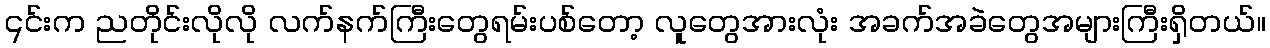
၎င်းက ညတိုင်းလိုလို လက်နက်ကြီးတွေရမ်းပစ်တော့ လူတွေအားလုံး အခက်အခဲတွေအများကြီးရှိတယ်။